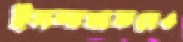
ইসলামাবাদেও